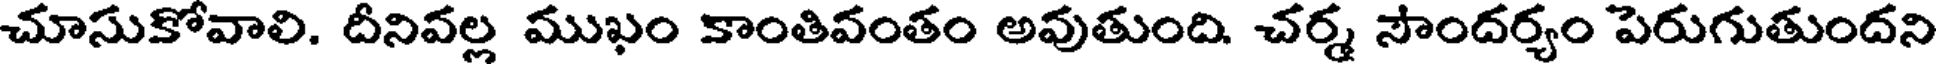
చూసుకోవాలి. దీనివల్ల ముఖం కాంతివంతం అవుతుంది. చర్మ సౌందర్యం పెరుగుతుందని